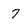
Character: 7